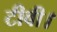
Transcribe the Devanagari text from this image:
टीवी।